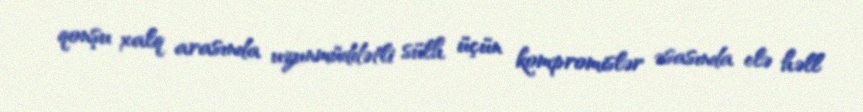
qonşu xalq arasında uzunmüddətli sülh üçün kompromislər əsasında elə həll